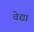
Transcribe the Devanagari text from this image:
वेद्या